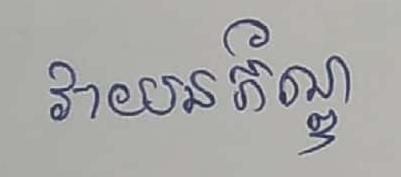
វាយនភ័ណ្ឌ